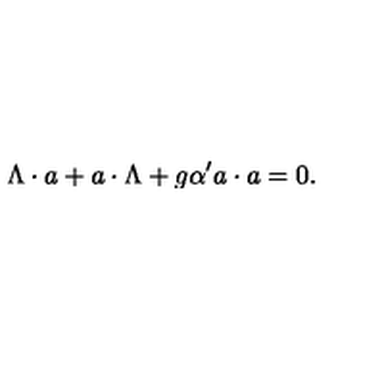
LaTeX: \Lambda \cdot a + a \cdot \Lambda + g { \alpha ^ { \prime } } a \cdot a = 0 .